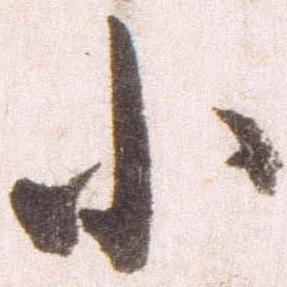
小